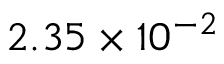
2 . 3 5 \times 1 0 ^ { - 2 }